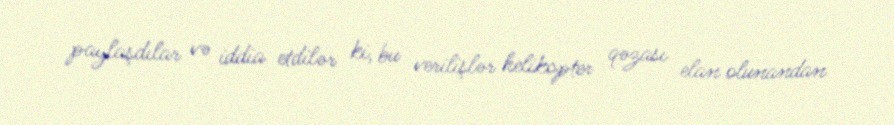
paylaşdılar və iddia etdilər ki, bu verilişlər helikopter qəzası elan olunandan